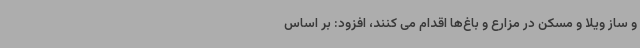
و ساز ویلا و مسکن در مزارع و باغ‌ها اقدام می کنند، افزود: بر اساس